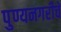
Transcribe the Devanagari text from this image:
पुण्यनगरीचे